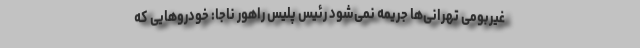
غیربومی تهرانی‌ها جریمه نمی‌شود رئیس پلیس راهور ناجا: خودرو‌هایی که